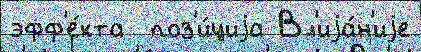
эфф'е́кта  поз'и́циjа Вл'иjа́н'иjе